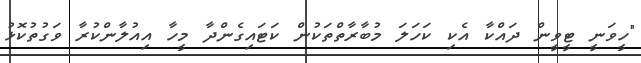
"ހީވަނީ ޓީވީން ދައްކާ އެކި ކަހަލަ މުބާރާތްތަކުން ކަޓައިގެންދާ މީހާ އިއުލާންކުރާ ވަގުތުކޮޅު